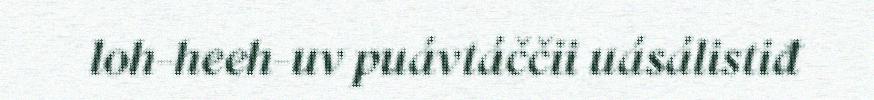
loh-heeh-uv puávtáččii uásálistiđ